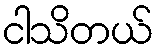
ငါသိတယ်